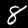
Label: 8